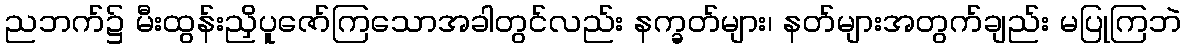
ညဘက်၌ မီးထွန်းညှိပူဇော်ကြသောအခါတွင်လည်း နက္ခတ်များ၊ နတ်များအတွက်ချည်း မပြုကြဘဲ